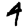
Digit: 4